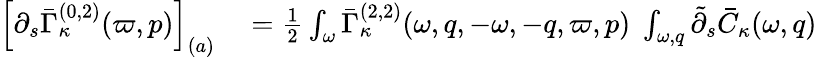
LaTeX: \begin{array}{rl}{\left[\partial_{s}\bar{\Gamma}_{\kappa}^{(0,2)}(\varpi,p)\right]_{(a)}}&{{}=\frac 12\int_{\omega}\bar{\Gamma}_{\kappa}^{(2,2)}(\omega,q,-\omega,-q,\varpi,p)\; \int_{\omega,q}\tilde{\partial}_{s}\bar{C}_{\kappa}(\omega,q)}\end{array}